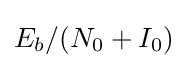
E_{b}/(N_{0}+I_{0})